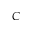
C